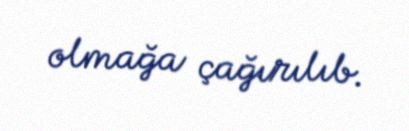
olmağa çağırılıb.